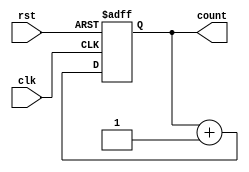
`timescale 1ns / 1ps
//////////////////////////////////////////////////////////////////////////////////
// Module Name:    up_counter 
// Project Name: up_counter 
// Tool versions: ISE Design suite 14.7
// Revision 0.01 - File Created
//////////////////////////////////////////////////////////////////////////////////
module up_counter(clk,rst,count);
input rst,clk;
output [3:0]count;
reg [3:0]count;
 always @ (posedge clk or negedge rst)
 begin  
    if ( rst==0)  
      count <= 4'b0000;  
    else  
      count <= count + 1;  
  end  
endmodule